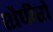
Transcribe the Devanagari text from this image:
शैपीरो